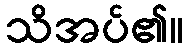
သိအပ်၏။